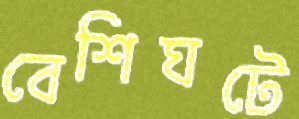
বেশিঘটে